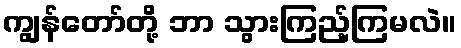
ကျွန်တော်တို့ ဘာ သွားကြည့်ကြမလဲ။